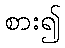
စား၍